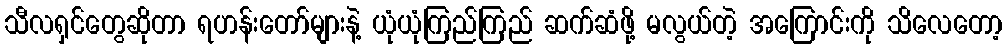
သီလရှင်တွေဆိုတာ ရဟန်းတော်များနဲ့ ယုံယုံကြည်ကြည် ဆက်ဆံဖို့ မလွယ်တဲ့ အကြောင်းကို သိလေတော့